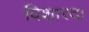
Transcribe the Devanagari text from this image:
विशारद।